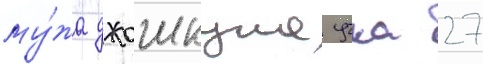
му́жа джошкуна учка 27